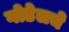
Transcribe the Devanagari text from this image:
गोडेलचे